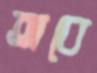
তাবে